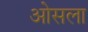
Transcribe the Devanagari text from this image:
ओसला